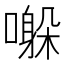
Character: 𫬀